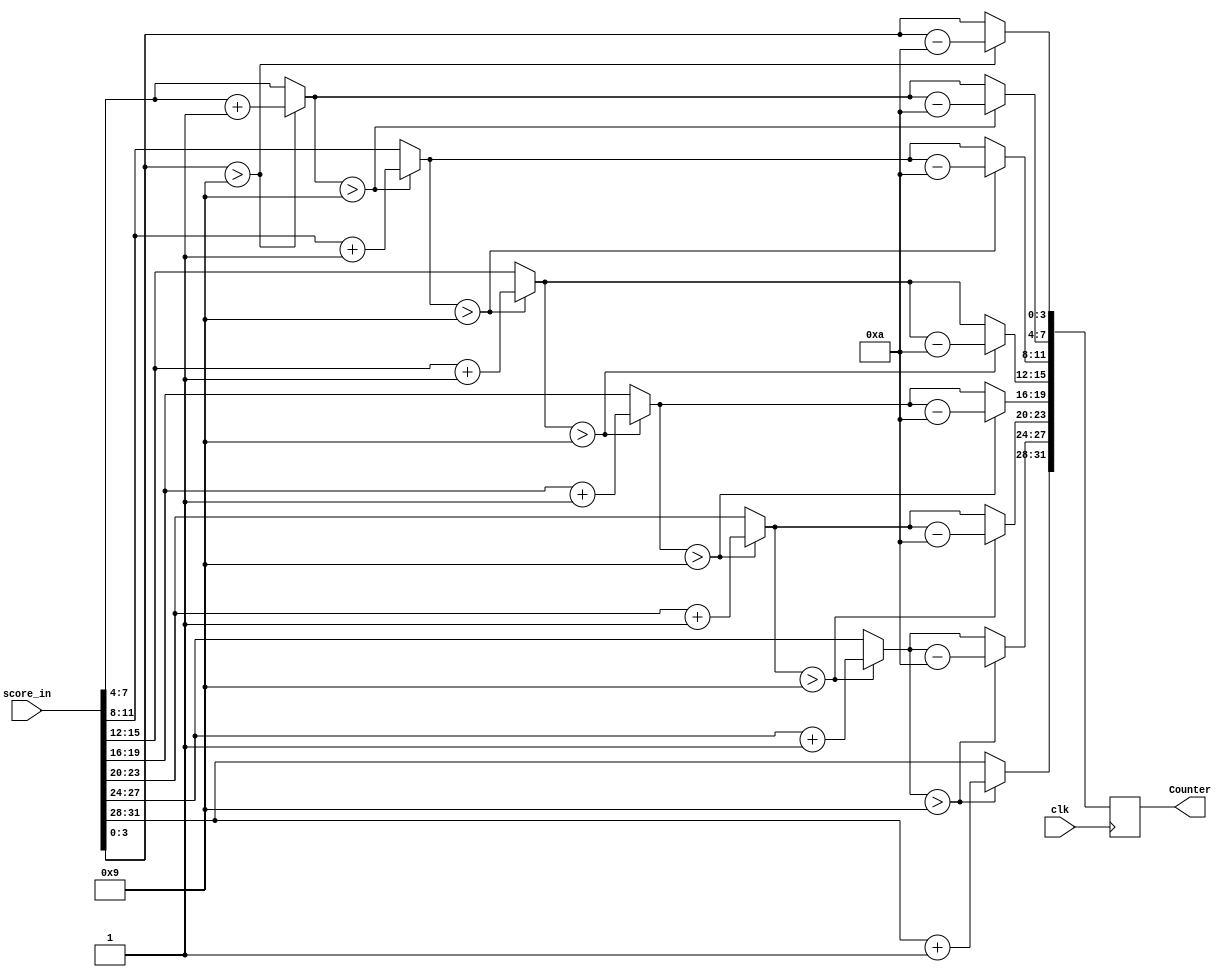
`timescale 1ns / 1ps
//////////////////////////////////////////////////////////////////////////////////
// Company: 
// Engineer: 
// 
// Design Name: 
// Module Name:    Radix 
// Project Name: 
// Target Devices: 
// Tool versions: 
// Description: 
//
// Dependencies: 
//
// Revision: 
// Revision 0.01 - File Created
// Additional Comments: 
//
//////////////////////////////////////////////////////////////////////////////////
module Radix(
    input [31:0] score_in,
	input clk,
	output wire [31:0] Counter
    );
    reg [31:0] score;
	initial 
	begin
	score= 32'b00000000000000000000000000000000;
	end
	assign Counter = score;
	always @ (posedge clk) 
	begin
	score=score_in;
    if(score[3:0] > 4'b1001)
	begin
	score[7:4] = score[7:4] + 4'b0001;
	score[3:0] = score[3:0] - 4'b1010;
	end
	if(score[7:4] > 4'b1001)
	begin
	score[11:8] = score[11:8] + 4'b0001;
	score[7:4] = score[7:4] - 4'b1010;
	end
	if(score[11:8] > 4'b1001)
	begin
	score[15:12] = score[15:12] + 4'b0001;
	score[11:8] = score[11:8] - 4'b1010;
	end
	if(score[15:12] > 4'b1001)
	begin
	score[19:16] = score[19:16] + 4'b0001;
	score[15:12] = score[15:12] - 4'b1010;
	end
	if(score[19:16] > 4'b1001)
	begin
	score[23:20] = score[23:20] + 4'b0001;
	score[19:16] = score[19:16] - 4'b1010;
	end
	if(score[23:20] > 4'b1001)
	begin
	score[27:24] = score[27:24] + 4'b0001;
	score[23:20] = score[23:20] - 4'b1010;
	end
	if(score[27:24] > 4'b1001)
	begin
	score[31:28] = score[31:28] + 4'b0001;
	score[27:24] = score[27:24] - 4'b1010;
	end
	end
	
endmodule